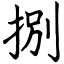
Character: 捌